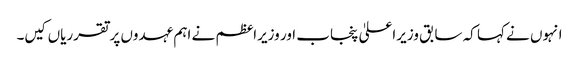
انہوں نے کہا کہ سابق وزیراعلیٰ پنجاب اور وزیراعظم نے اہم عہدوں پرتقرریاں کیں۔